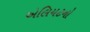
એલિયટનો